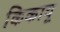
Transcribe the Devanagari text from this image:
किकायू